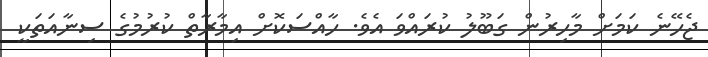
ޖެހޭނެ ކަމަށް މާހިރުން ގަބޫލު ކުރައްވަ އެވެ. ހާއްސަކޮށް އިމާރާތް ކުރުމުގެ ސިނާއަތަކީ